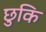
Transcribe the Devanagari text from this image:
छुकि